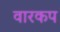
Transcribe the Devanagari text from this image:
वारकप